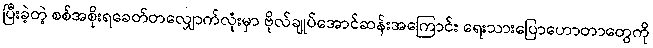
ပြီးခဲ့တဲ့ စစ်အစိုးရခေတ်တလျှောက်လုံးမှာ ဗိုလ်ချုပ်အောင်ဆန်းအကြောင်း ရေးသားပြောဟောတာတွေကို